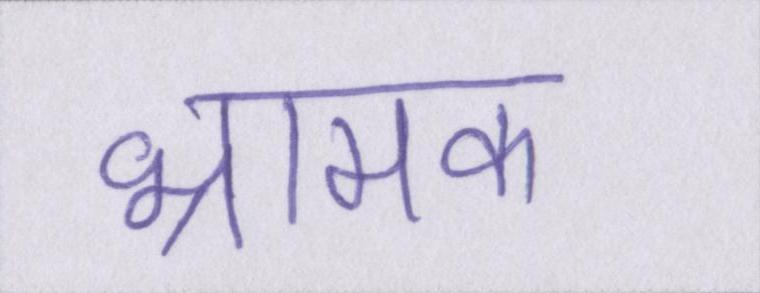
भ्रामक